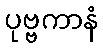
ပုဗ္ဗကာနံ